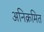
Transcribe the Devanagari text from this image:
अनिक्रमित